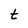
Character: t